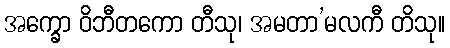
အက္ခော ဝိဘီတကော တီသု၊ အမတာ’မလကီ တိသု။